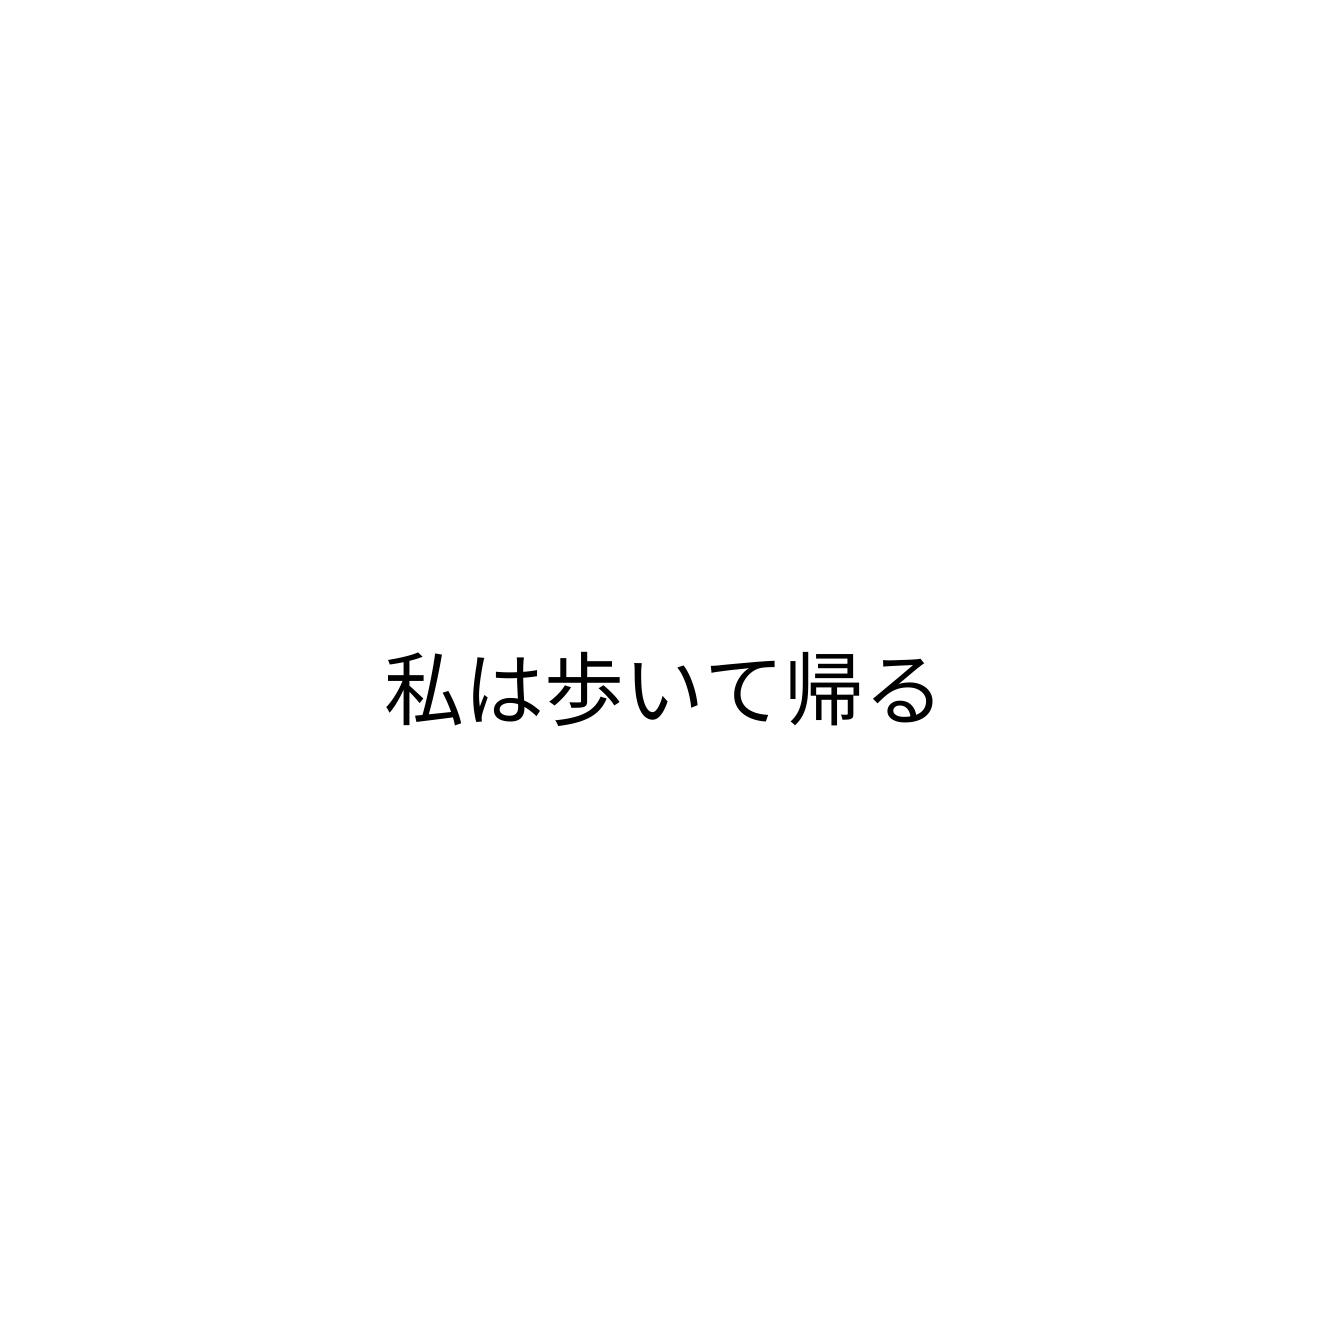
私は歩いて帰る